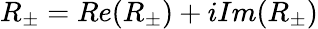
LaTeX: R_{\pm}=Re(R_{\pm})+iIm(R_{\pm})